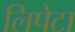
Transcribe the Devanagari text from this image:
लिपेटा